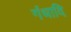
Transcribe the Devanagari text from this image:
गंधादि